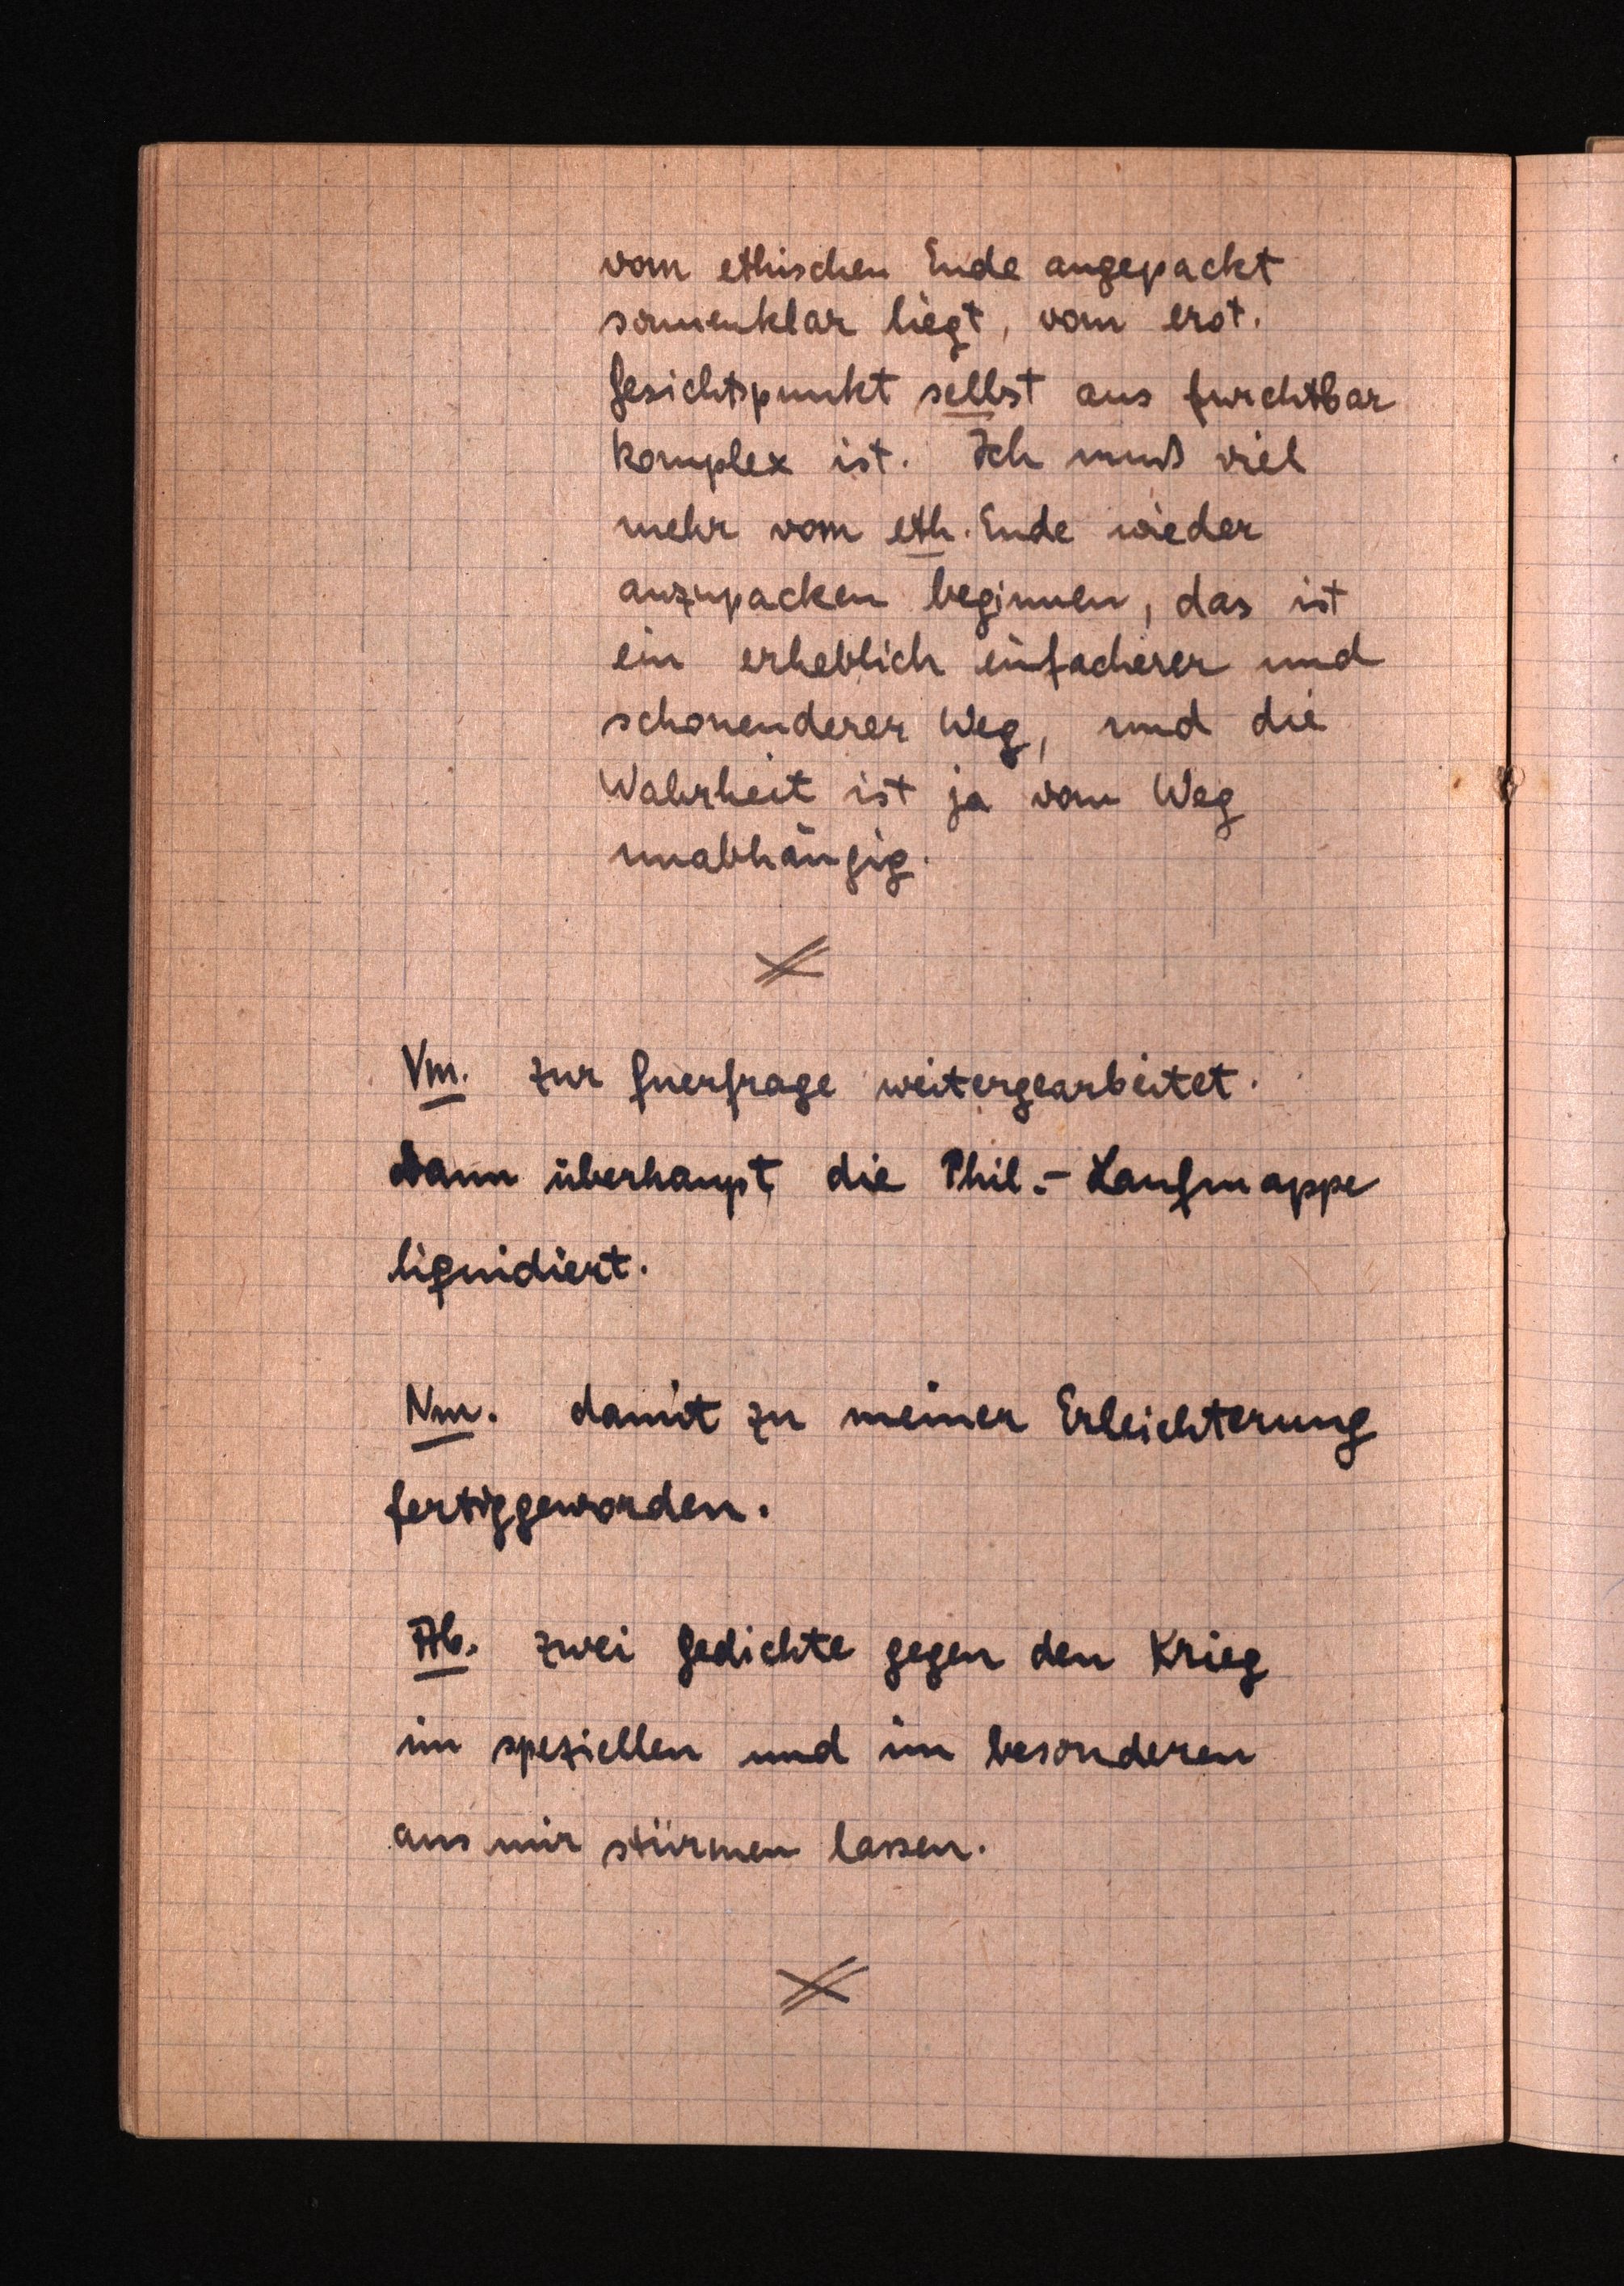
vom ethischen Ende angepackt
somenklar liegt, vom erst.
Gesichtspunkt selbst aus furchtbar
komplex ist. Ich muß viel
mehr vom eth. Ende wieder
anzupacken beginnen, das ist
ein erheblich einfächerer und
schonenderer Weg, und die
Wahrheit ist ja vom Weg
unabhängig.
Vm. zur Guerfrage weitergearbeitet.
dann überhaupt die Phil.-Laufmappe
ligindiert.
Nm. damit zu meiner Erleichterung
fertiggeworden.
Ab. zwei Gedichte gegen den Krieg
im speziellen und im besonderen
aus mir stürmen lassen.